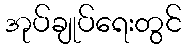
အုပ်ချုပ်ရေးတွင်